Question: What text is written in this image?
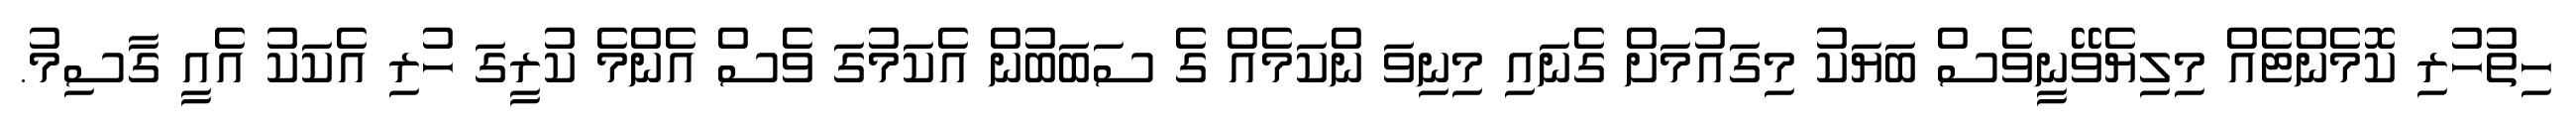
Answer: ހިތުހުރި ކޮމެންޓެއް މިލިޔެވޭނީވެސް ބަޔަކު މިގައުމަށް ގެނައި މިނިވަ ންކަމެއް ގެ ސަބަބުން އެކަމުގަ ވެސް އެންމެ ކުރީގަ ހުރި އެކަކު އެއީ ގާސިމު.